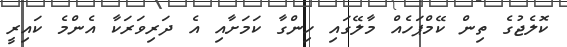
ކޮލެޖުގެ ތިން ކޭމްޕަހެއް މާލޭގައި ހިންގާ ކަމަށާއި އެ ދަރިވަރަކާ އެންމެ ކައިރީ